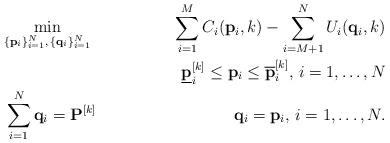
LaTeX: \begin{align*}& \underset{\{\mathbf{p}_i\}_{i=1}^N,\, \{\mathbf{q}_i\}_{i=1}^N}{\min} & \sum_{i=1}^{M} C_i(\mathbf{p}_i,k) - \sum_{i=M+1}^N U_i(\mathbf{q}_i,k) \\& & \underline{\mathbf{p}}_i^{[k]} \leq \mathbf{p}_i \leq \overline{\mathbf{p}}_i^{[k]}, \, i =1,\hdots,N \\& \sum_{i=1}^N \mathbf{q}_i = \mathbf{P}^{[k]} & \mathbf{q}_i = \mathbf{p}_i,\, i =1,\hdots,N. \end{align*}